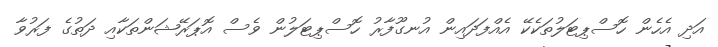
އަދި އެހެން ހޮސްޕިޓަލުތަކެކޭ އެއްފަދައިން އުނގޫފާރު ހޮސްޕިޓަލުން ވެސް އޮޕަރޭޝަންތަކާއި ދަތުގެ ފަރުވާ